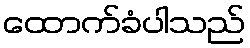
ထောက်ခံပါသည်